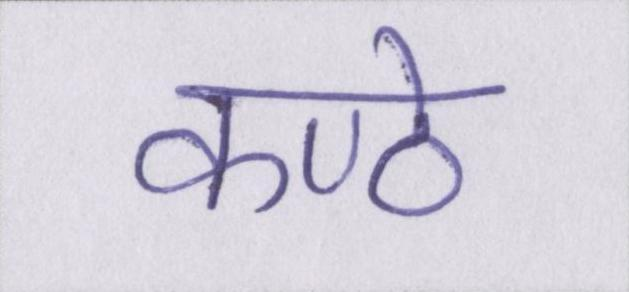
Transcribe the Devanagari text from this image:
कण्ठे